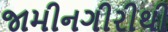
જામીનગીરીથી